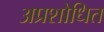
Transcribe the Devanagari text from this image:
अप्रशोधित